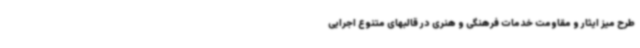
طرح میز ایثار و مقاومت خدمات فرهنگی و هنری در قالبهای متنوع اجرایی